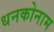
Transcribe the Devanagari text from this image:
धनकोनाम